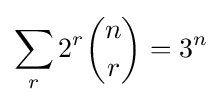
\sum _{r}2^{r}{\binom {n}{r}}=3^{n}